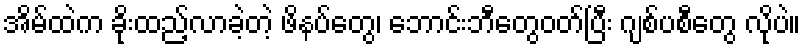
အိမ်ထဲက ခိုးထည့်လာခဲ့တဲ့ ဖိနပ်တွေ၊ ဘောင်းဘီတွေဝတ်ပြီး ဂျစ်ပစီတွေ လိုပဲ။